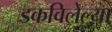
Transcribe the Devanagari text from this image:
डकविलेल्या